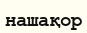
нашақор